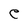
Character: e